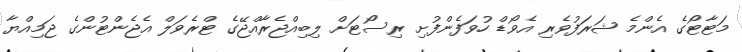
މަޓާޓޯގެ އެންމެ ޝަރަފުވެރި އެވޯޑް ހުވަފެންފުށި ރިސޯޓަށް ލިބިއްޖެރާއްޖޭގެ ޓްރެވަލް އެޖެންޓުންގެ ޖަމިއްޔާ